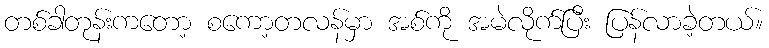
တစ်ခါတုန်းကတော့ စကော့တလန်မှာ အစ်ကို အမဲလိုက်ပြီး ပြန်လာခဲ့တယ်။